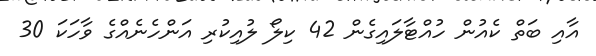
އާއި ބަތް ކެއުން ހުއްޓާލައިގެން 42 ކިލޯ ލުއިކުރި އަންހެނެއްގެ ވާހަކަ 30